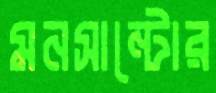
মনসান্টোর